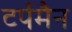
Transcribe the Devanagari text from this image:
टर्पमैन